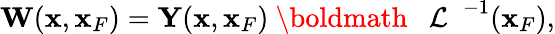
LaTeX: \begin{array}{r}{{\mathbf W}({\mathbf x},{\mathbf x}_{F})={\mathbf Y}({\mathbf x},{\mathbf x}_{F}){{{{\mathrm{~\boldmath~{~\cal~L~}~}}}}}^{-1}({\mathbf x}_{F}),}\end{array}